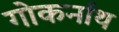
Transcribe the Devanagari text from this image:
गोकर्नाथ